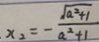
x _ { 2 } = - \frac { \sqrt { a ^ { 2 } + 1 } } { a ^ { 2 } + 1 }